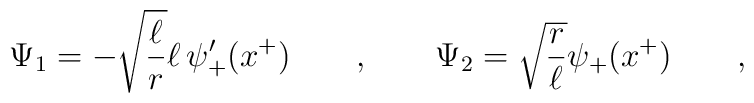
\Psi_1= - \sqrt{\frac \ell r} \ell \,  \psi'_+(x^+) \qquad , \qquad \Psi_2= \sqrt{\frac r \ell} \psi_+(x^+) \qquad ,